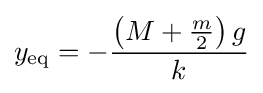
y_{\mathrm {eq} }=-{\frac {\left(M+{\frac {m}{2}}\right)g}{k}}